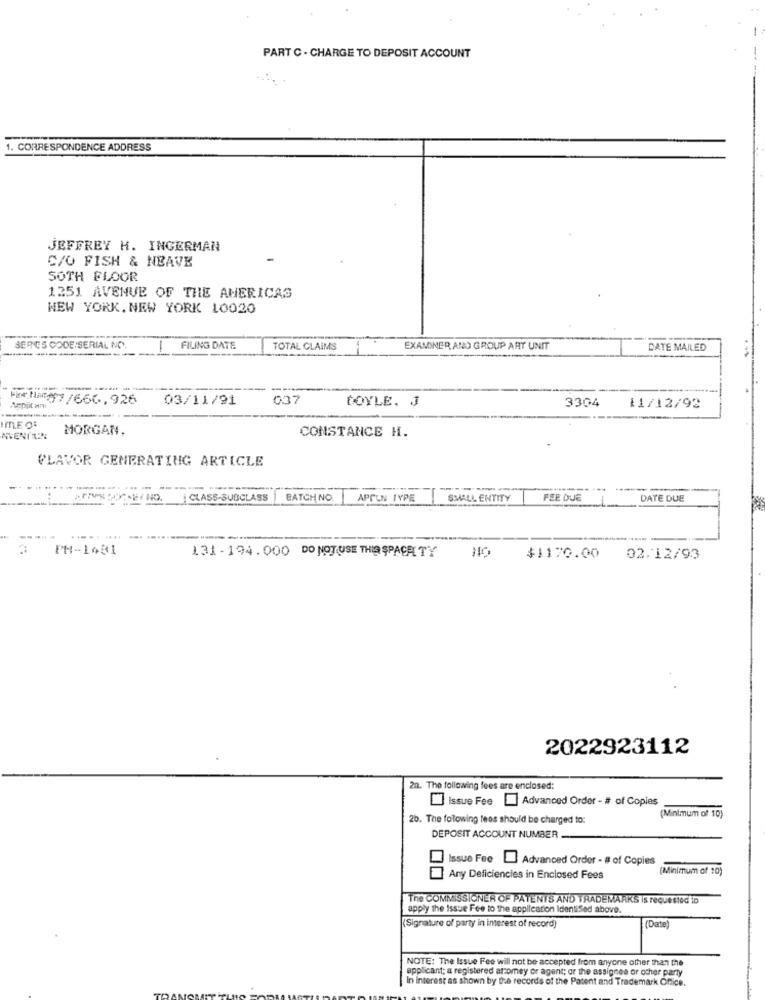
PART C . CHARGE TO DEPOSIT ACCOUNT
1. CORRESPONDENCE ADDRESS
JEFFREY H. INGERMAN
C/O FISH & NEAVE
SOTH FLOOR
1251 AVENUE OF THE AMERICAS
NEW YORK, NEW YORK 10020
SERIES CODE SERIAL NO.
----
FILING DATE
TOTAL CLAIMS
EXAMINER AND GROUP ART UNIT
DATE MAILED
For Nar07/666, 926
03/11/91
037
DOYLE. J
3304
11/12/92
MORGAN,
CONSTANCE H.
FLAVOR GENERATING ARTICLE
------
CLASS-SUBCLASS BATCHNO APFUN TYPE
SMALL ENTITY
FEE DUE
DATE DUE
---
PH-1481
131 - 194.000 DO NOT USE THIS SPACE TY
NO
$1170.00
02.12/93
2022923112
20. The following fees are enclosed:
] Issue Fee . Advanced Order - # of Copies
(Minimum of 10)
26. The following fees should be charged to:
DEPOSIT ACCOUNT NUMBER
Issue Fee Advanced Order - # of Copies
Minimum of 10)
Any Deficiencies in Enclosed Fees
The COMMISSIONER OF PATENTS AND TRADEMARKS is requested in
apply the Issue Fee to the application IdentiSed above.
(Signature of party in interest of record)
(Date)
NOTE: The Issue Fee will not be accepted from anyone other than the
applicant; a registered attomey or agent; or the assignee or other party
In Interest as shown by the records of the Patent and Trademark Office.